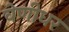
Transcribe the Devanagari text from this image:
वेणीधर